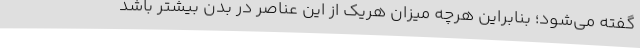
گفته می‌شود؛ بنابراین هرچه میزان هریک از این عناصر در بدن بیشتر باشد